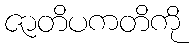
ဇာတိပကတိကို